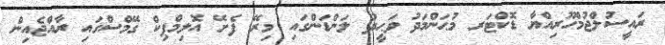
ރައީސުލްޖުމްހޫރިއްޔާ ޑޮކްޓަރ މުޙަންމަދު ވަޙީދު ލަންޑަންގައި މިރޭ ފެށޭ އޮލިމްޕިކް ގޭމްސްގައި ރާއްޖެއިން